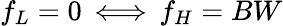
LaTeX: f_{L}=0\, \Longleftrightarrow\, f_{H}=BW